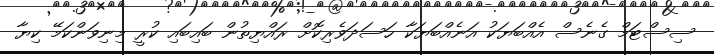
ސިސްޓަމް ގެނެސް އެއްބަޔަކު އަނެއްބަޔަކާ ހަސަދަވެރިކޮށް ރައްޔިތުން ބައިބައި ކުރީ މިނިވަންކަމޭ ކިޔާ